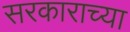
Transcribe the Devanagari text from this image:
सरकाराच्या